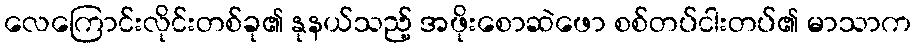
လေကြောင်းလိုင်းတစ်ခု၏ နုနယ်သည့် အဖိုးစောဆဲဖော စစ်တပ်ငါးတပ်၏ မာသာက